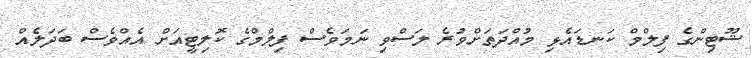
ޝޫޓިންގެ ފިލްމް ކަނޑައެޅި މުއްދަތަށްވުރެ ލަސްވި ނަމަވެސް ފިލްމްގެ ކޮލިޓީއަށް އެއްވެސް ބަދަލެއް